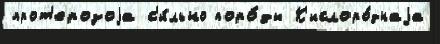
прот'ерозоjа с'и́льно поро́ды К'ислоро́днаjа